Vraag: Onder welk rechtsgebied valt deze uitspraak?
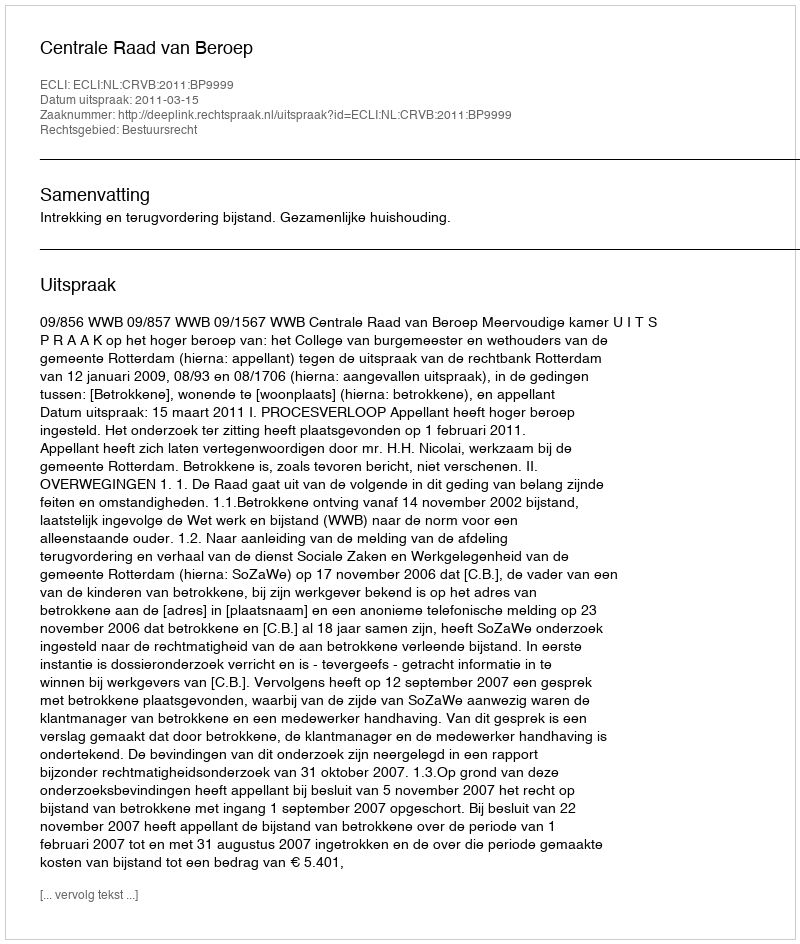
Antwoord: Bestuursrecht